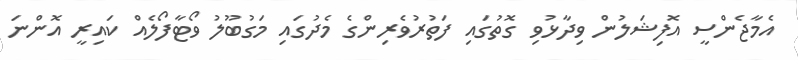
އެމާޖެންސީ އޮފިޝަލުން ވިދާޅުވި ގޮތުގައި ފަތުރުވެރިންގެ މެދުގައި މަގުބޫލު ވޯޓާފޯލެއް ކައިރީ އޮންނަ